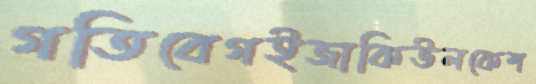
গতিবেগইজাকিউলকেশ